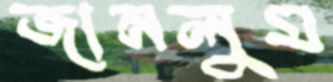
জানলুম